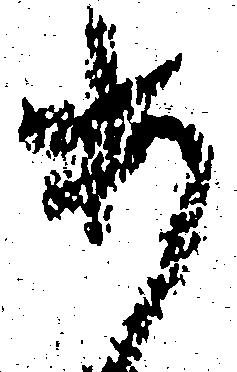
あ